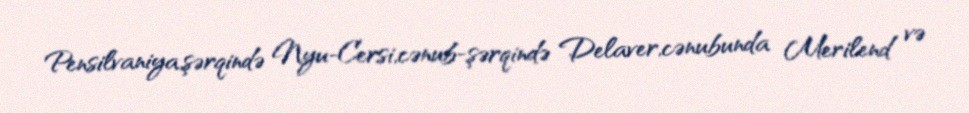
Pensilvaniya,şərqində Nyu-Cersi,cənub-şərqində Delaver,cənubunda Merilend və